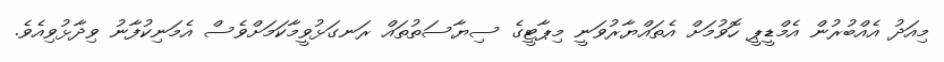
މިއަދު އެއްބުރުން އެމްޑީޕީ ހޮވުމަށް އެތައްޔާރުވަނީ މިޕާޓީގެ ސިޔާސަތުތައް ރަނގަޅުވީމާކަމަށްވެސް އެމަނިކުފާނު ވިދާޅުވިއެވެ.